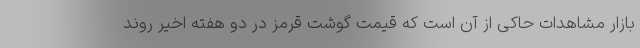
بازار مشاهدات حاکی از آن است که قیمت گوشت قرمز در دو هفته اخیر روند